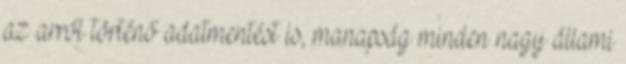
az arról történő adatmentést is, manapság minden nagy állami